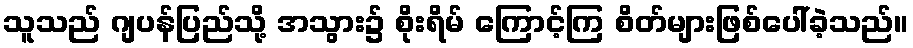
သူသည် ဂျပန်ပြည်သို့ အသွား၌ စိုးရိမ် ကြောင့်ကြ စိတ်များဖြစ်ပေါ်ခဲ့သည်။